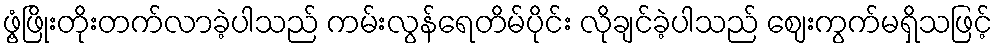
ဖွံ့ဖြိုးတိုးတက်လာခဲ့ပါသည် ကမ်းလွန်ရေတိမ်ပိုင်း လိုချင်ခဲ့ပါသည် ဈေးကွက်မရှိသဖြင့်